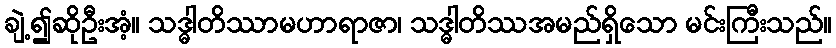
ချဲ့၍ဆိုဦးအံ့။ သဒ္ဓါတိဿာမဟာရာဇာ၊ သဒ္ဓါတိဿအမည်ရှိသော မင်းကြီးသည်။